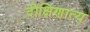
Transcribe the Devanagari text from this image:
दीक्षिणात्य